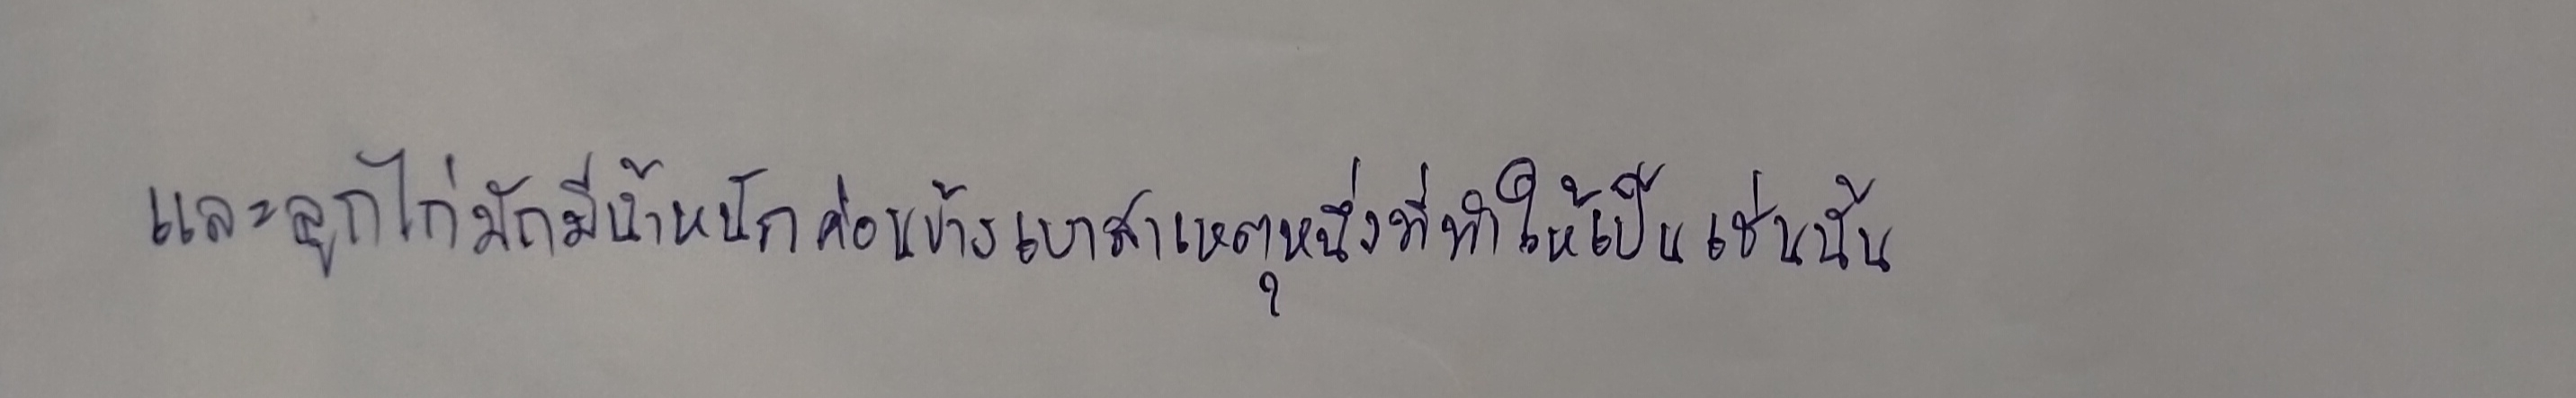
และลูกไก่มักมีน้ำหนักค่อนข้างเบาสาเหตุหนึ่งที่ทำให้เป็นเช่นนั้น